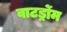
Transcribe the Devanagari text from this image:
वाटर्ड्रोम